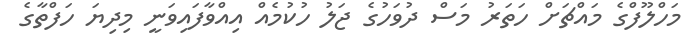
މަހްލޫފްގެ މައްޗަށް ހަތަރު މަސް ދުވަހުގެ ޖަލު ހުކުމެއް އިއްވާފައިވަނީ މިދިޔަ ހަފްތާގެ